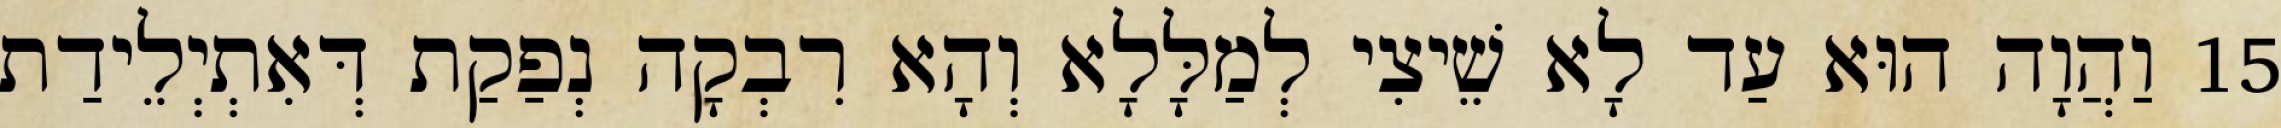
15 וַהֲוָה הוּא עַד לָא שֵׁיצִי לְמַלָּלָא וְהָא רִבְקָה נְפַקַת דְּאִתְיְלֵידַת